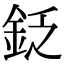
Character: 𨥧